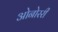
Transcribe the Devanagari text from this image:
ओनोररी